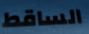
الساقط